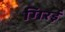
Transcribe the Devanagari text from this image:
गिरई